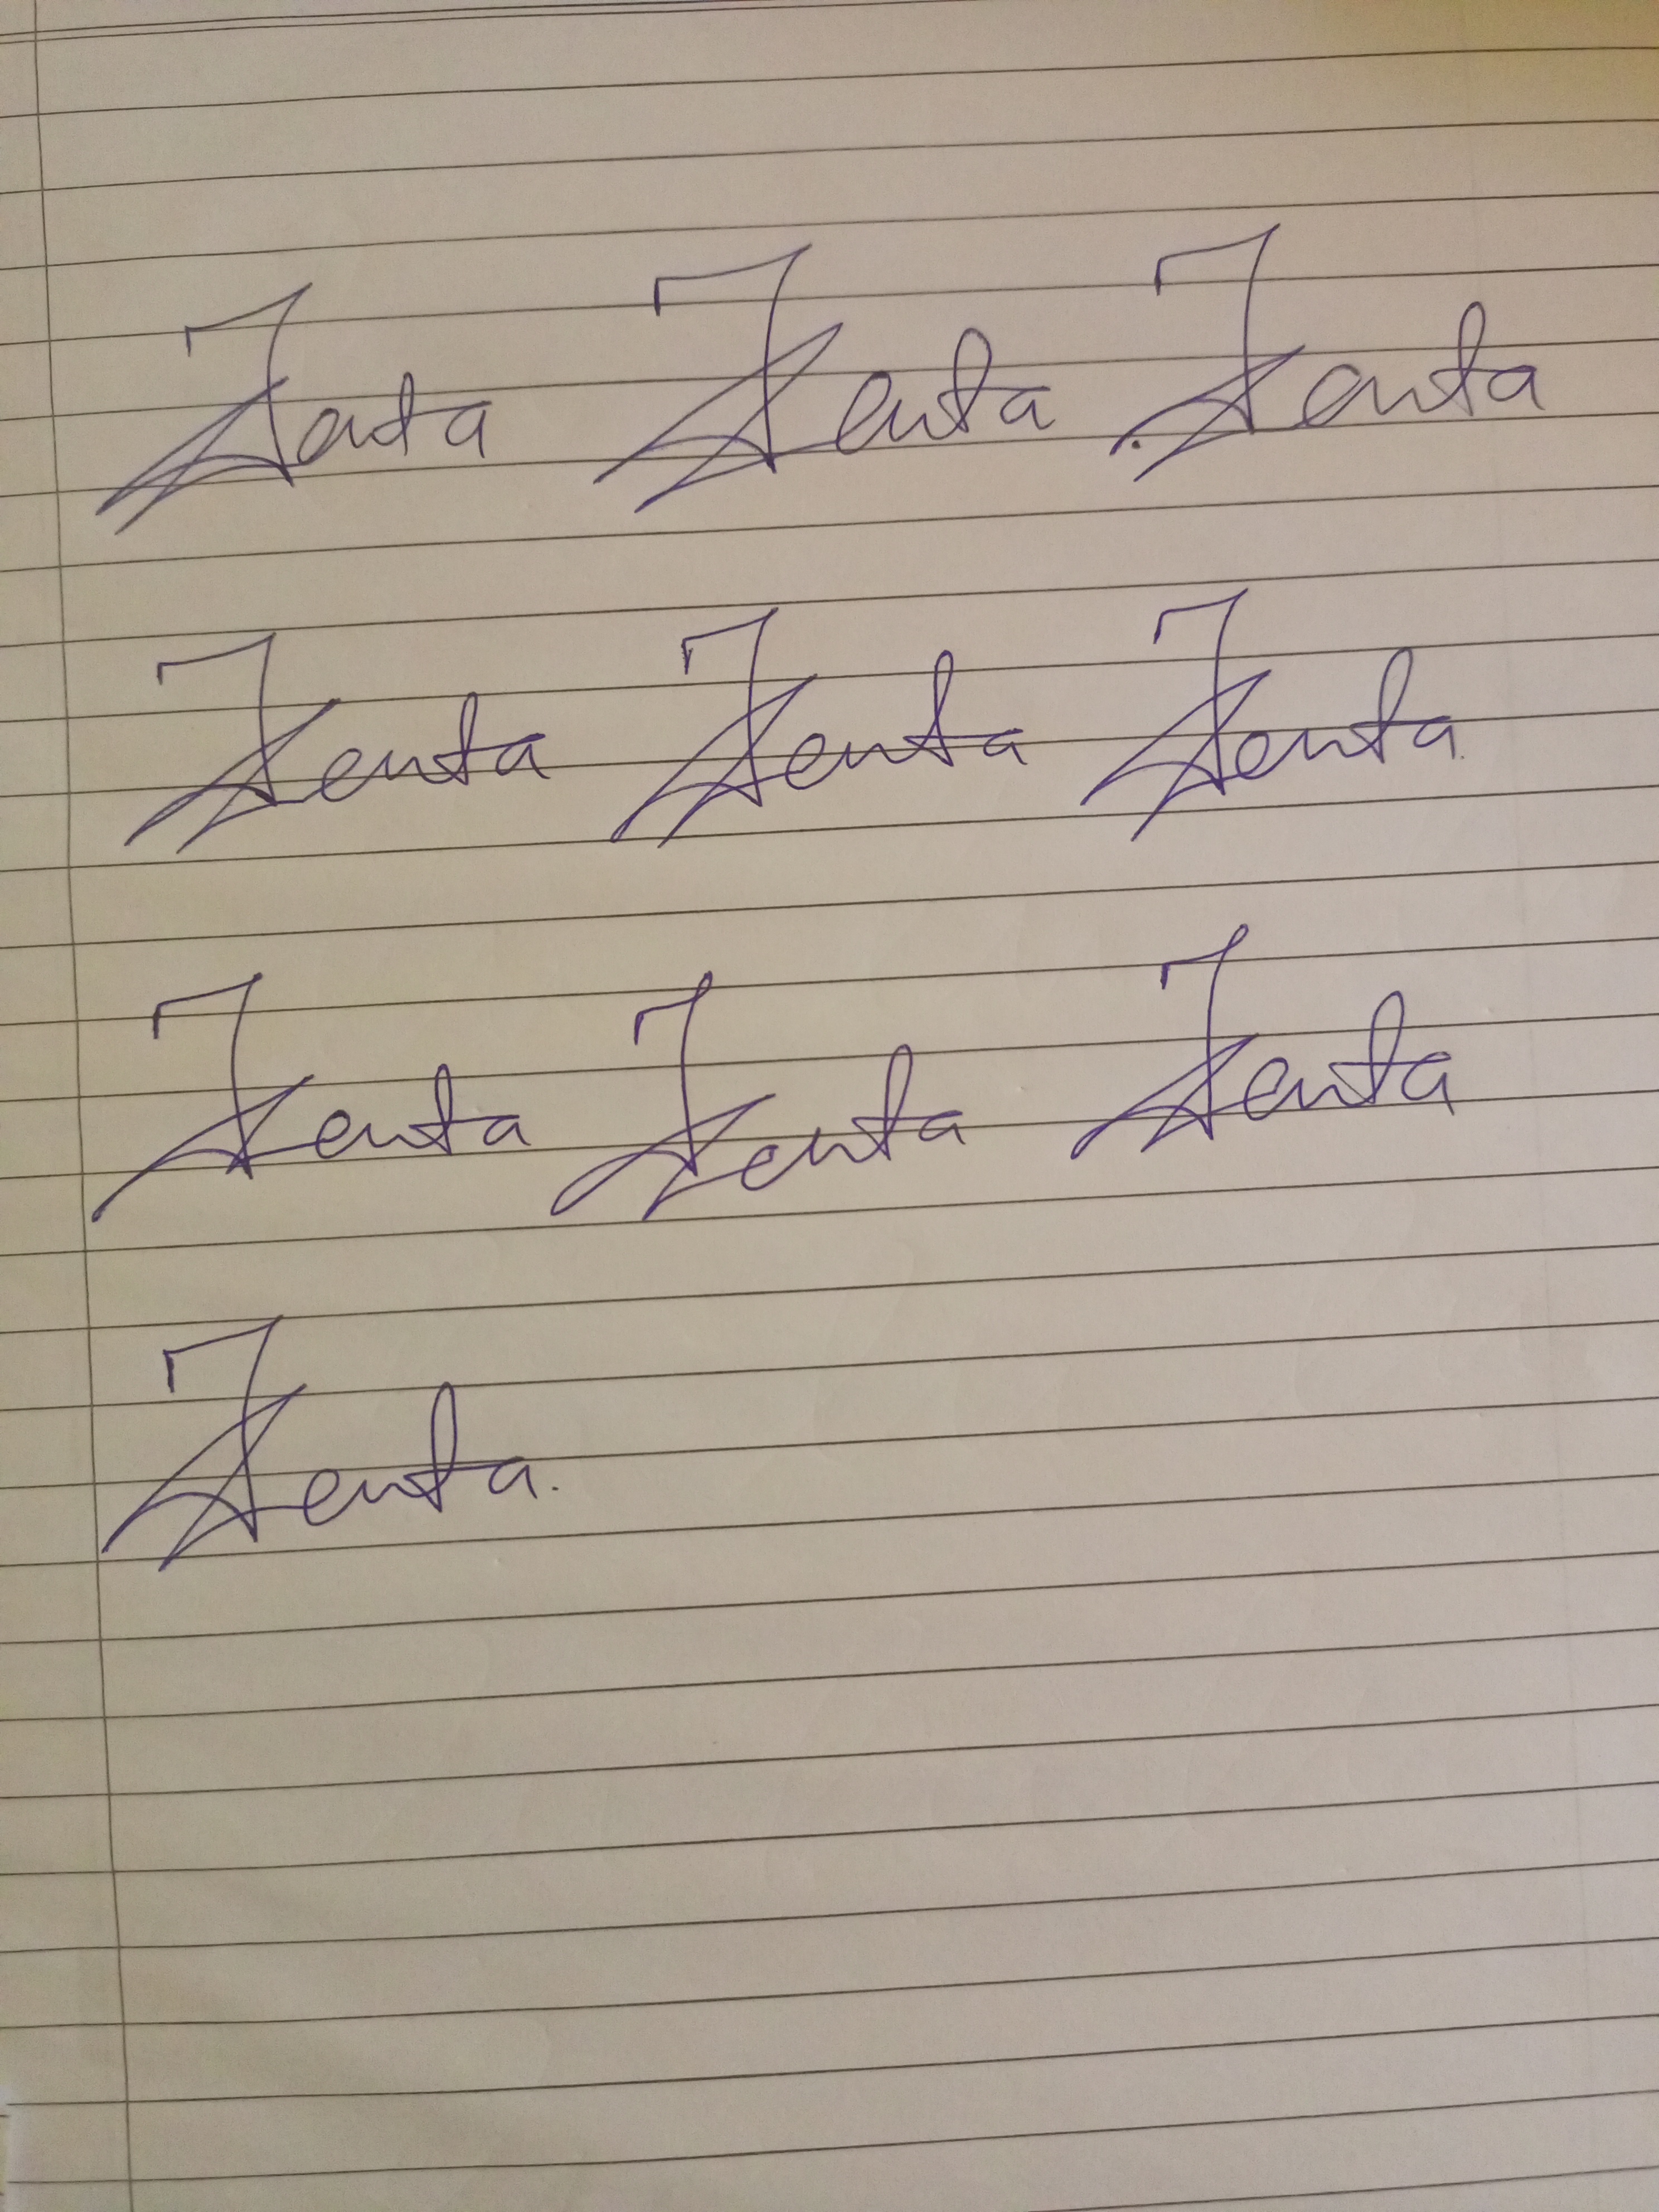
Signature authenticity: genuine